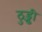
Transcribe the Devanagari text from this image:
ठुड्ढ़ी